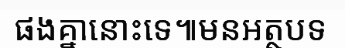
ផងគ្នានោះទេ៕មនអត្ថបទ